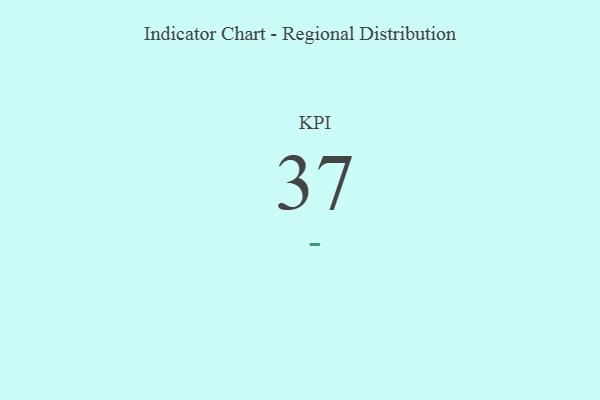
{"axis": {"x": "KPI", "y": "Value"}, "legend": [""], "data": [{"x": "KPI", "y": 37, "type": ""}]}